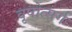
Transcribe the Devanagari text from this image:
वृषोत्सर्ग